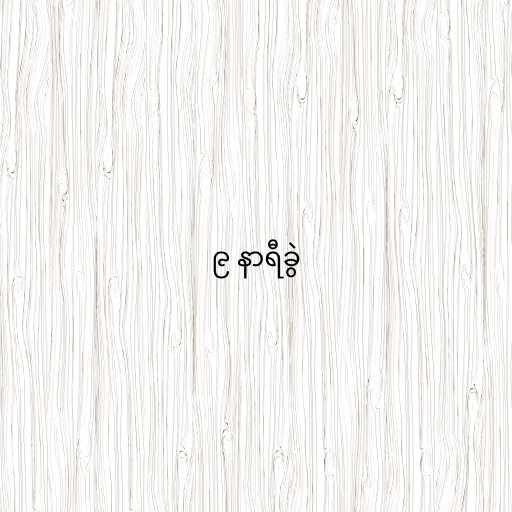
၉ နာရီခွဲ